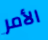
الأمر